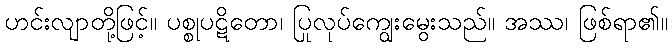
ဟင်းလျာတို့ဖြင့်။ ပစ္စုပဋိတော၊ ပြုလုပ်ကျွေးမွေးသည်။ အဿ၊ ဖြစ်ရာ၏။